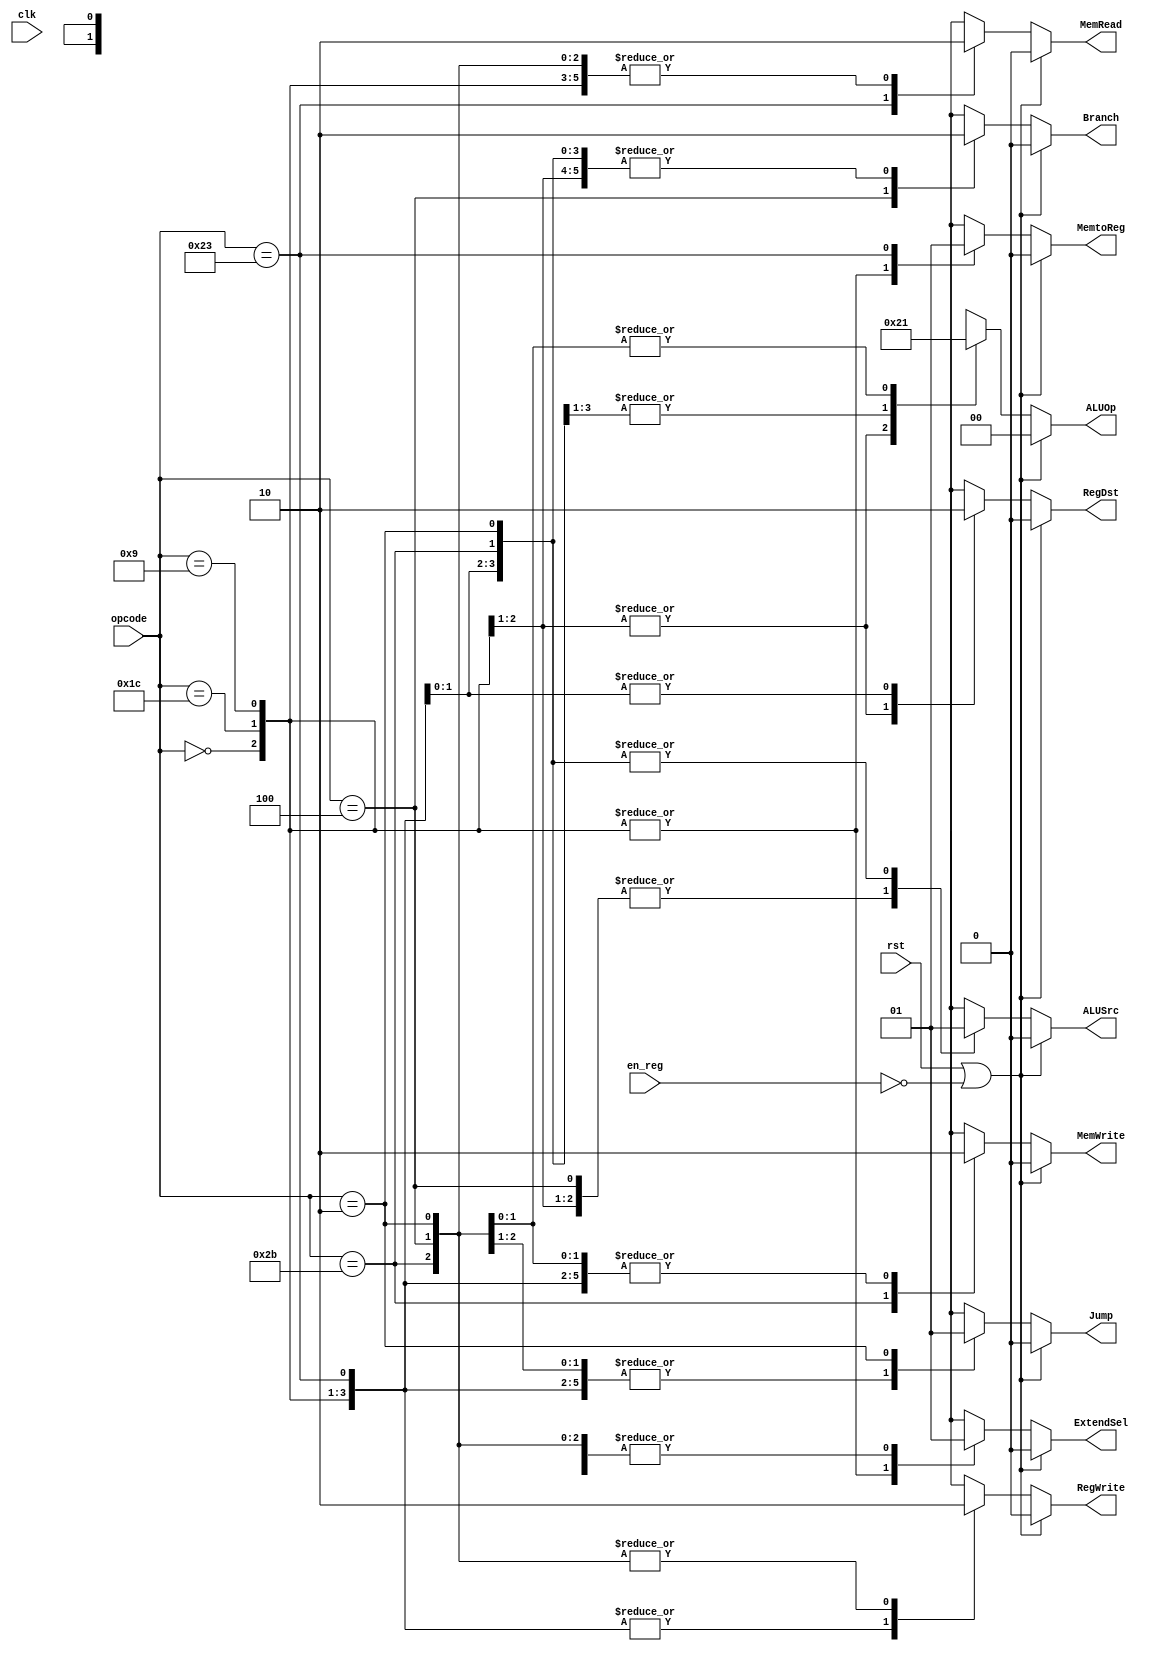
/*
	Input Port
		1. opcode: JONAT
	Input Port
		1. RegDst: RFMUX
		2. ALUSrc: ALUMUX
		3. MemtoReg: WRMUX
		4. RegWrite: sO_igJ
		5. MemRead:  OO_iX
		6. MemWrite: OO_igJ
		7. Branch: PALUXzeroTANDBPCMUX
		8. ALUOp: XALU Control
*/
module control_pipelined(clk,  rst , en_reg, opcode, RegDst, ALUSrc, MemtoReg, RegWrite, 
					   MemRead, MemWrite, Branch, Jump, ALUOp, ExtendSel);
	input clk, rst, en_reg;
    input[5:0] opcode;
    output reg RegDst, ALUSrc, MemtoReg, RegWrite, MemRead, MemWrite, Branch, Jump, ExtendSel;
    output reg [1:0] ALUOp;

    parameter R_FORMAT = 6'd0;
	parameter MADDU = 6'd28;
	parameter ADDIU = 6'd9;
    parameter LW = 6'd35;
    parameter SW = 6'd43;
    parameter BEQ = 6'd4;
	parameter J = 6'd2;

    always @( rst or opcode or en_reg) begin 
		if (rst || !en_reg) begin 
			RegDst = 1'b0 ;ALUSrc = 1'b0 ;MemtoReg = 1'b0 ;RegWrite = 1'b0 ;MemRead = 1'b0 ;
			MemWrite = 1'b0; Branch = 1'b0; Jump = 1'b0; ALUOp = 2'b00; ExtendSel = 1'b0 ;
		end 
		else begin
			case ( opcode )      
			R_FORMAT : 
			begin
					RegDst = 1'b1; ALUSrc = 1'b0; MemtoReg = 1'b0; RegWrite = 1'b1; MemRead = 1'b0; 
					MemWrite = 1'b0; Branch = 1'b0; Jump = 1'b0; ALUOp = 2'b10; ExtendSel = 1'b0 ;
			end
			MADDU :
			begin 
					RegDst = 1'b1; ALUSrc = 1'b0; MemtoReg = 1'b0; RegWrite = 1'b1; MemRead = 1'b0; 
					MemWrite = 1'b0; Branch = 1'b0; Jump = 1'b0; ALUOp = 2'b10; ExtendSel = 1'b0 ;
			end 
			ADDIU :
			begin 
					RegDst = 1'b0; ALUSrc = 1'b1; MemtoReg = 1'b0; RegWrite = 1'b1; MemRead = 1'b0; 
					MemWrite = 1'b0; Branch = 1'b0; Jump = 1'b0; ALUOp = 2'b00; ExtendSel = 1'b0;
			end 
			LW : // memorygregister
			begin
					RegDst = 1'b0; ALUSrc = 1'b1; MemtoReg = 1'b1; RegWrite = 1'b1; MemRead = 1'b1; 
					MemWrite = 1'b0; Branch = 1'b0; Jump = 1'b0; ALUOp = 2'b00; ExtendSel = 1'b1 ;
			end
			SW : // registergmemroy
			begin
					RegDst = 1'bx; ALUSrc = 1'b1; MemtoReg = 1'bx; RegWrite = 1'b0; MemRead = 1'b0; 
					MemWrite = 1'b1; Branch = 1'b0; Jump = 1'b0; ALUOp = 2'b00; ExtendSel = 1'b1 ;
			end
			BEQ :
			begin
					RegDst = 1'bx; ALUSrc = 1'b0; MemtoReg = 1'bx; RegWrite = 1'b0; MemRead = 1'b0; 
					MemWrite = 1'b0; Branch = 1'b1; Jump = 1'b0; ALUOp = 2'b01; ExtendSel = 1'b1 ;
			end
			J :
			begin
					RegDst = 1'bx; ALUSrc = 1'b1; MemtoReg = 1'bx; RegWrite = 1'b0; MemRead = 1'b0; 
					MemWrite = 1'b0; Branch = 1'b0; Jump = 1'b1; ALUOp = 2'b01; ExtendSel = 1'b1 ;
			end
		  
			default
			begin
				RegDst=1'bx; ALUSrc=1'bx; MemtoReg=1'bx; RegWrite=1'bx; MemRead=1'bx; 
				MemWrite=1'bx; Branch=1'bx; Jump = 1'bx; ALUOp = 2'bxx; ExtendSel = 1'bx ;
			end

			endcase
		end 
    end
endmodule